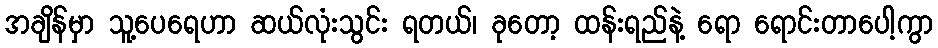
အချိန်မှာ သူ့ပေရေဟာ ဆယ်လုံးသွင်း ရတယ်၊ ခုတော့ ထန်းရည်နဲ့ ရော ရောင်းတာပေါ့ကွာ